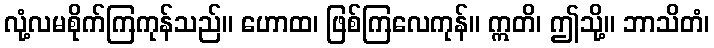
လုံ့လမစိုက်ကြကုန်သည်။ ဟောထ၊ ဖြစ်ကြလေကုန်။ ဣတိ၊ ဤသို့။ ဘာသိတံ၊